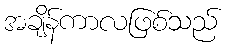
အချိန်ကာလဖြစ်သည်